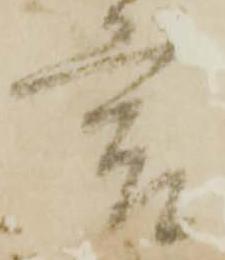
言